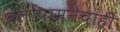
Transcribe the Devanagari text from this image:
बलोपासनेचाही